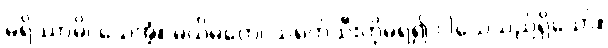
မရိဿာမိ၊ သေအံ့။ မယိမတေ၊ သရက်သီးကိုမရ၍ ငါသေသည်ရှိသော်။